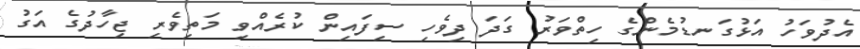
އެދުވަހު އަޅުގަނޑުމެންގެ ހިތްވަރު ގަދަ ދިވެހި ސިފައިން ކުރެއްވި މަތިވެރި ޖިހާދުގެ އަގު